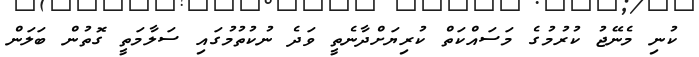
ކުނި މެނޭޖު ކުރުމުގެ މަސައްކަތް ކުރިޔަށްދާނެތީ ވަދެ ނުކުތުމުގައި ސަލާމަތީ ގޮތުން ބަލަން